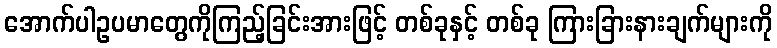
အောက်ပါဥပမာတွေကိုကြည့်ခြင်းအားဖြင့် တစ်ခုနှင့် တစ်ခု ကြားခြားနားချက်များကို